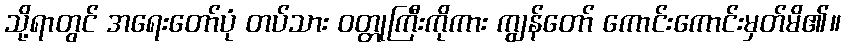
သို့ရာတွင် အရေးတော်ပုံ တပ်သား ဝတ္တုကြီးကိုကား ကျွန်တော် ကောင်းကောင်းမှတ်မိ၏။